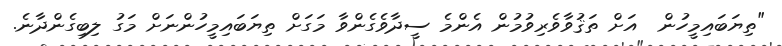
"ތިޔަބައިމީހުން  އަށް ތަޤުވާވެރިވުމުން އެންމެ ސީދާވެގެންވާ މަގަށް ތިޔަބައިމީހުންނަށް މަގު ލިބިގެންދާނެ.